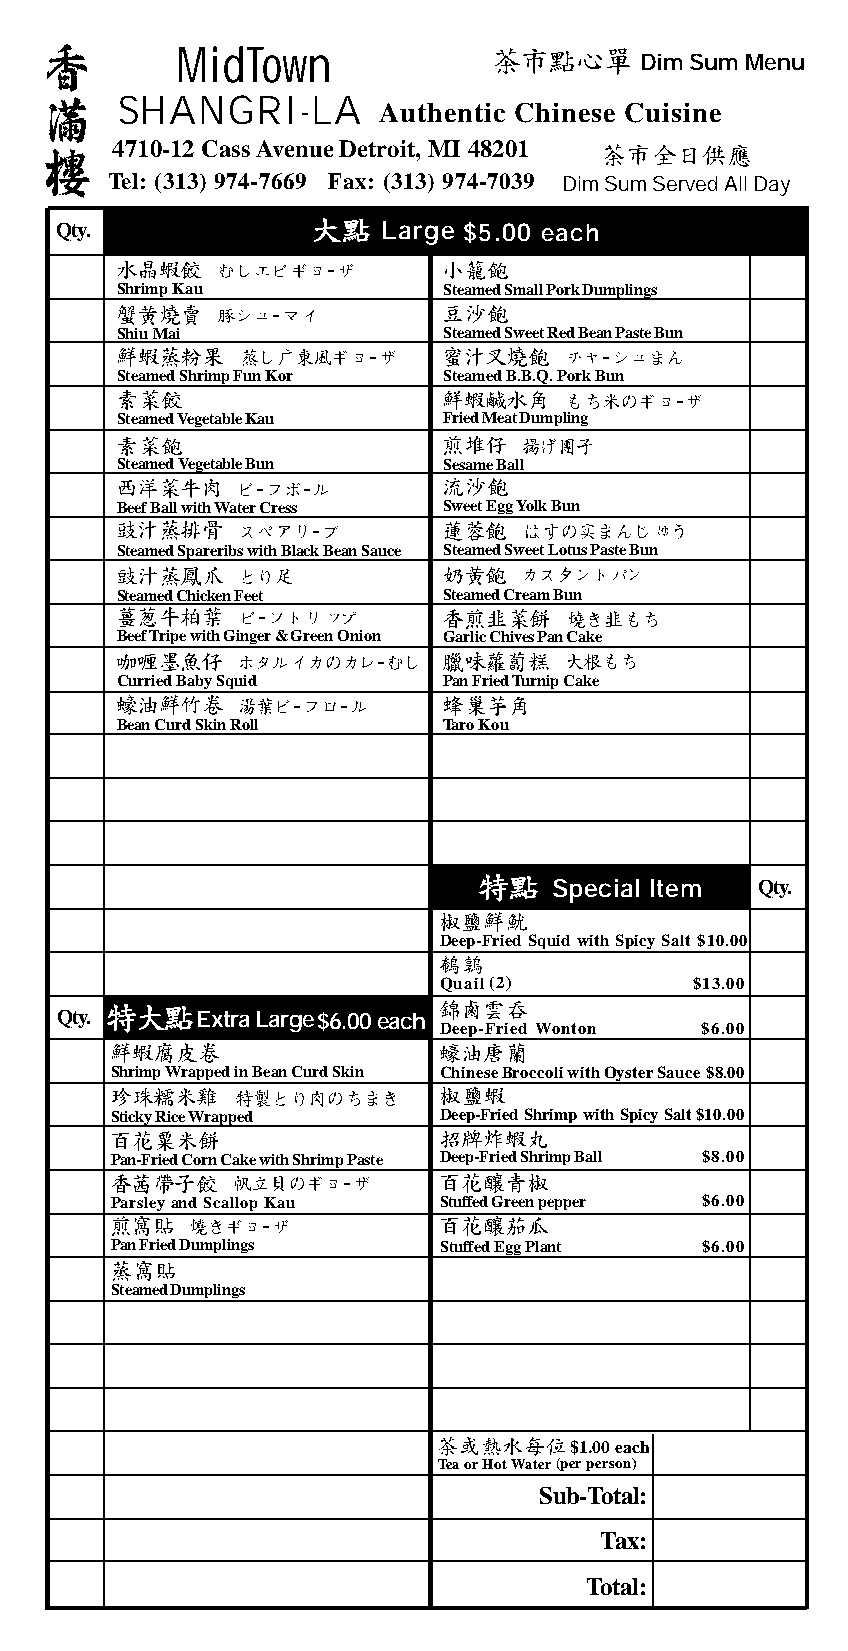
MidTown                       Dim Sum Menu
 SHANGRI-LA
 Authentic Chinese Cuisine
 4710-12 Cass Avenue Detroit, MI 48201
 Tel: (313) 974-7669 Fax: (313) 974-7039 Dim Sum Served All Day
 Qty.                 Large $5.00 each
 Shrimp Kau           Steamed Small Pork Dumplings
 Shiu Mai             Steamed Sweet Red Bean Paste Bun
 Steamed Shrimp Fun Kor Steamed B.B.Q. Pork Bun
 Steamed Vegetable Kau Fried Meat Dumpling
 Steamed Vegetable Bun Sesame Ball
 Beef Ball with Water Cress Sweet Egg Yolk Bun
 Steamed Spareribs with Black Bean Sauce Steamed Sweet Lotus Paste Bun
 Steamed Chicken Feet Steamed Cream Bun
 Beef Tripe with Ginger & Green Onion Garlic Chives Pan Cake
 Curried Baby Squid   Pan Fried Turnip Cake
 Bean Curd Skin Roll  Taro Kou
 Special Item  Qty.
 Deep-Fried Squid with Spicy Salt $10.00
 Quail(2)         $13.00
 Qty.     Extra Large $6.00 each
 Deep-Fried Wonton $6.00
 Shrimp Wrapped in Bean Curd Skin ChineseBroccoliwithOysterSauce$8.00
 Sticky Rice Wrapped   Deep-Fried Shrimp with Spicy Salt$10.00
 Pan-Fried Corn Cake with Shrimp Paste Deep-Fried Shrimp Ball $8.00
 Parsley and Scallop Kau Stuffed Green pepper $6.00
 Pan Fried Dumplings   Stuffed Egg Plant $6.00
 Steamed Dumplings
 $1.00 each
 Tea or Hot Water (per person)
 Sub-Total:
 Tax:
 Total: